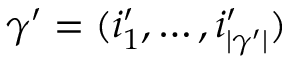
\gamma ^ { \prime } = ( i _ { 1 } ^ { \prime } , \dots , i _ { | \gamma ^ { \prime } | } ^ { \prime } )